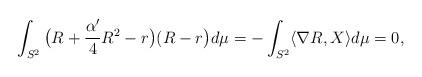
LaTeX: \begin{align*}\int_{S^2}\big(R+\frac{\alpha'}{4}R^2-r\big)(R-r\big)d\mu&=-\int_{S^2}\langle\nabla R,X\rangle d\mu=0,\end{align*}